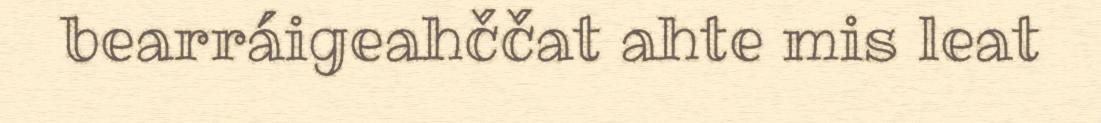
bearráigeahččat ahte mis leat